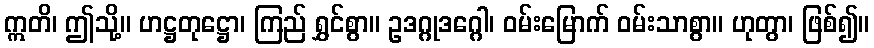
ဣတိ၊ ဤသို့။ ဟဋ္ဌတုဋ္ဌော၊ ကြည် ရွှင်စွာ။ ဥဒဂ္ဂုဒဂ္ဂေါ၊ ဝမ်းမြောက် ဝမ်းသာစွာ။ ဟုတွာ၊ ဖြစ်၍။